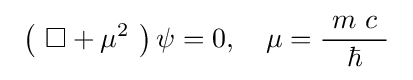
\ \left(\ \Box +\mu ^{2}\ \right)\psi =0,\quad \mu ={\frac {\ m\ c\ }{\hbar }}\